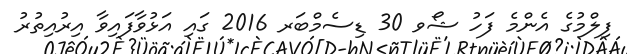
ފިލްމުގެ އެންމެ ފަހު ޝޯވ 30 ޑިސެމްބަރ 2016 ގައި އަޅުވާފައިވާ އިރުއިތުރު